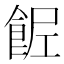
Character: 𩛐